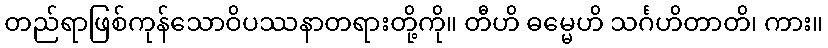
တည်ရာဖြစ်ကုန်သောဝိပဿနာတရားတို့ကို။ တီဟိ ဓမ္မေဟိ သင်္ဂဟိတာတိ၊ ကား။